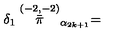
\delta _ { 1 } \stackrel { ( - 2 , - 2 ) } { \bar { \pi } } _ { \alpha _ { 2 k + 1 } } =